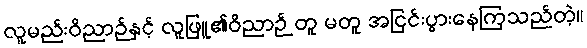
လူမည်းဝိညာဉ်နှင့် လူဖြူ၏ဝိညာဉ် တူ မတူ အငြင်းပွားနေကြသည်တဲ့။